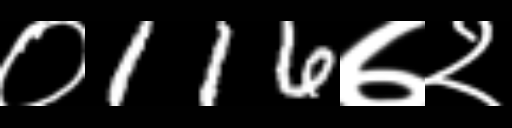
Text: ०116७२